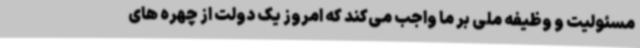
مسئولیت و وظیفه ملی بر ما واجب می‌کند که امروز یک دولت از چهره های